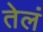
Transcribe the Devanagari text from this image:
तेलं